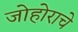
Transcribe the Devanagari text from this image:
जोहोराचे